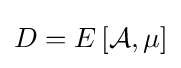
D=E\left[{\mathcal {A}},\mu \right]